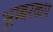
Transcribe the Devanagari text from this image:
अम्बरकप